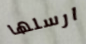
ارسلها